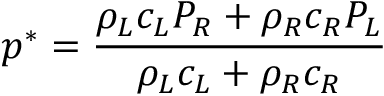
p ^ { * } = \frac { \rho _ { L } c _ { L } P _ { R } + \rho _ { R } c _ { R } P _ { L } } { \rho _ { L } c _ { L } + \rho _ { R } c _ { R } }